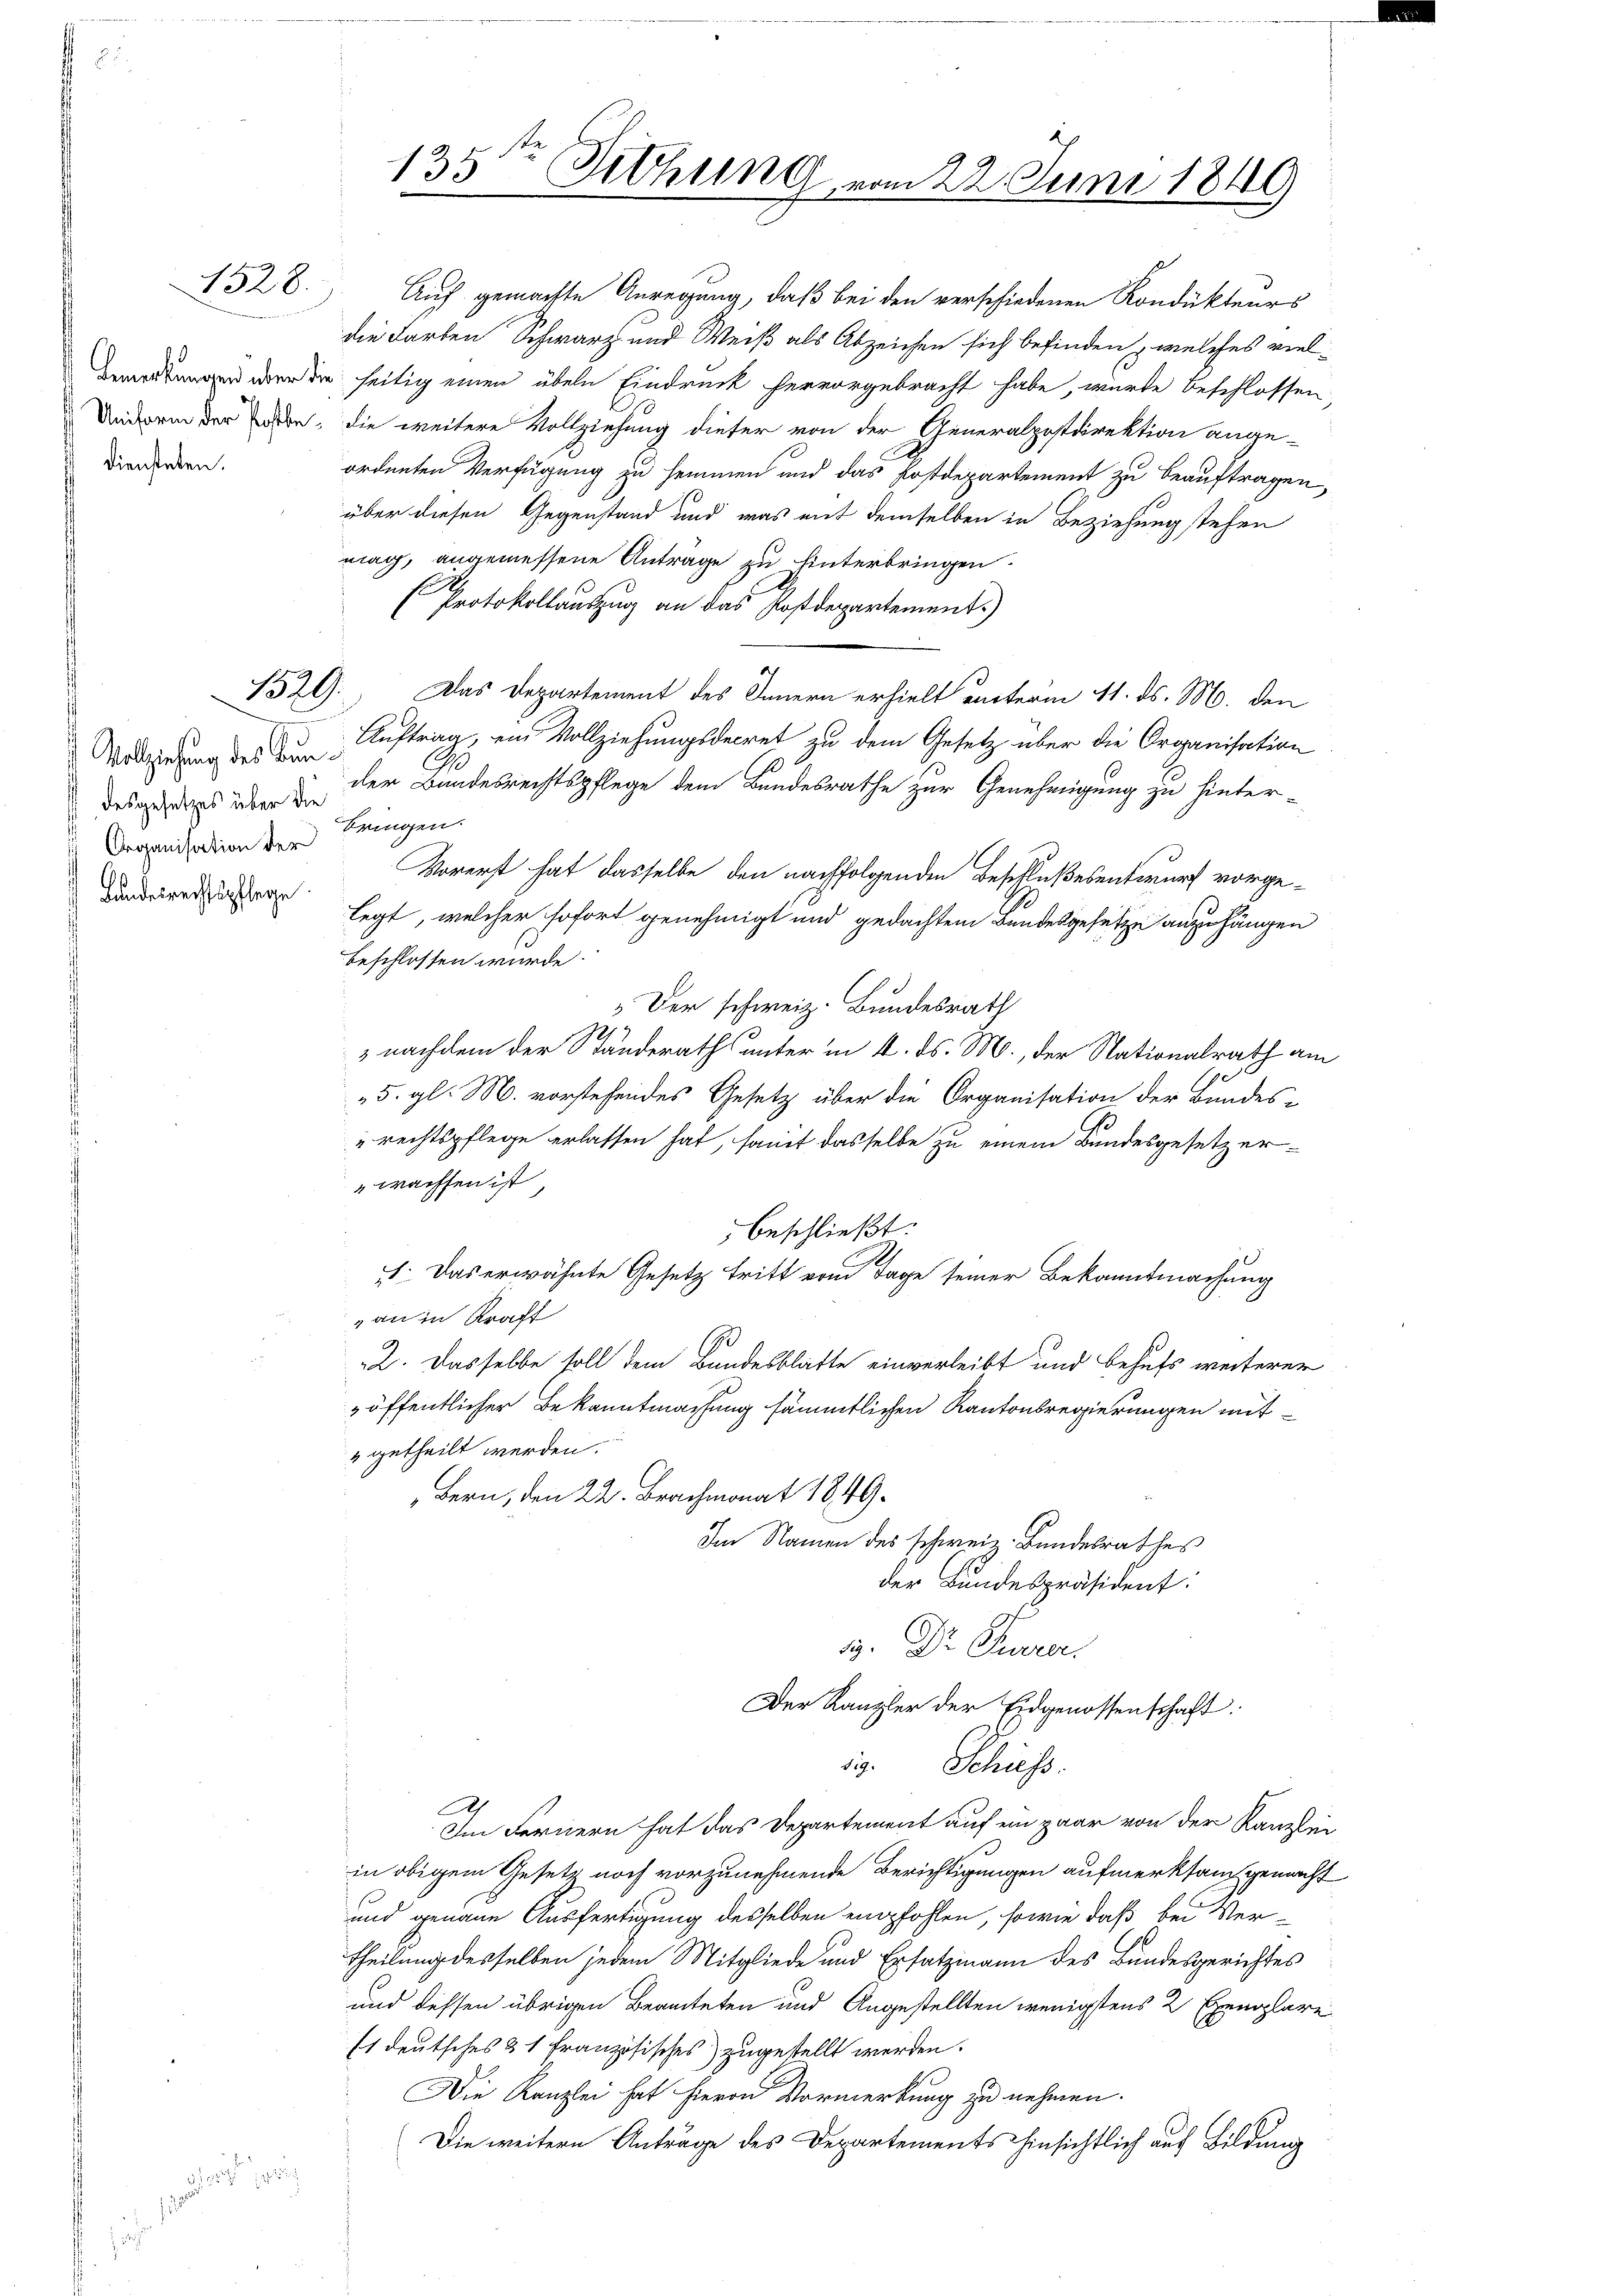
Bemerkungen aber d
Uniform der Postbediensteten.

1528.

Vollziehung des Bun
desgesetzes über die
Organisation der
Bundesrechtspflege.

G.
135 Schling vom 22. Juni 1849

Auf gemachte Anregung, daß bei den verschiedenen Kondukteurs
die Farben Schwarz und Weiß als Abzeichen sich befinden, welches vielseitig einen übeln Eindruck hervorgebracht habe, wurde beschlossen
die weitere Vollziehung dieser von der Generalpostdirektion ange-
ordneten Verfügung zu hemmen und das Postdepartement zu beauftragen,
über diesen Gegenstand und was mit demselben in Beziehung stehen
mag, angemessene Antrage zu hinterbringen.
Protokollauszug an das Postdepartement.)
1529: Das Departement des Innern erhielt unterm 11. ds. M. den
Auftrag, ein Vollziehungsdecret zu dem Gesetz über die Organisation
der Bandesrechtspflege dem Bundesrathe zur Genehmigung zu hinter-
bringen.
Vorerst hat dasselbe den nachfolgenden Beschlußesentwurf vorgelegt, welcher sofort genehmigt und gedachtem Bundesgesetze anzuhängen
beschlossen wurde.
 Der schweiz. Bundesrath
 nachdem der Standeraths unter in 4. ds. M., der Stationalrath am
5. gl. M. vorstehendes Gesetz über die Organisation der Bundes-
„rechtspflege erlassen hat, somit dasselbe zu einem Bundesgesetzer-
wachsen ist,
beschließt:
: Das erwähnte Gesetz tritt vom Tage seiner Bekanntmachung
an in Kraft
2. Dasselbe soll dem Bundesblatte einverleibt und behufs weiterer
öffentlicher Bekanntmachung sämmtlichen Kantonsregierungen mit¬
2 getheilt werden.
Bern, den 22. Brachmonat 1849.
Im Namen des schweiz. Bundesrathes
der Bundespräsident:
19. Dr. Currer.
Der Kanzler der Eidgenossenschaft.
ig. Schuss.
.
Im Fernern hat das Departement auf ein paar von der Kanzlei
in obigem Gesetz noch vorzunehmende Berichtigungen aufmerksam gemacht
und genaue Ausfertigung desselben empfohlen, sowie daß bei Ver¬
Theilung desselben jedem Mitgliede und Ersatzmann des Bundesgerichtes
und dessen übrigen Beamteten und Angestellten wenigstens 2 Exemplare
Es deutsches & 1 französisches) zugestellt werden.
Die Kanzlei hat hievon Vormerkung zu nehmen.
Die weitern Anträge des Departements hinsichtlich auf Bildung